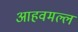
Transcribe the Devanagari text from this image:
आहवमल्ल